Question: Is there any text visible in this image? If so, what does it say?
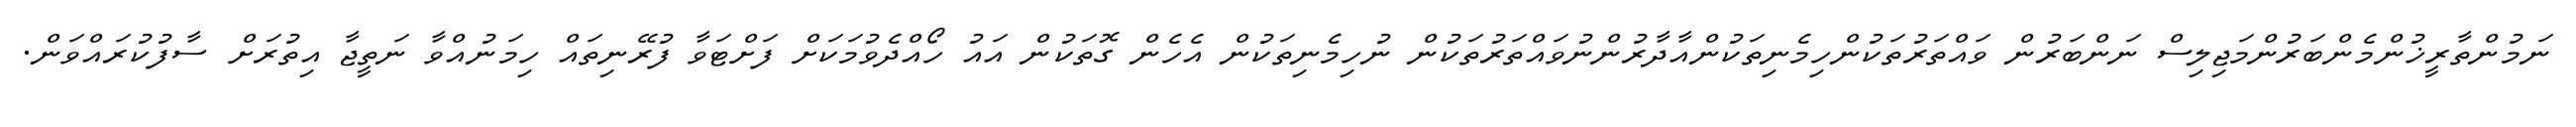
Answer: ނަމުންތާރީޚުންމެންބަރުންމަޖިލިސް ނަންބަރުން ވައްތަރުތަކުންހިމެނިތަކުންއާދާރުންނުވައްތަރުތަކުން ނުހިމެނިތަކުން އެހެން ގޮތަކުން އައު ހޯއްދެވުމަކަށް ފަށްޓަވާ ފުރޭނިތައް ހިމަނުއްވާ ނަތީޖާ އިތުރަށް ސާފުކުރައްވަން.